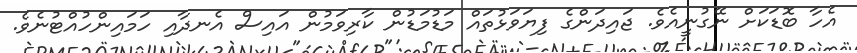
އެހާ ބޮޑަކަށް ނޭގުނީއެވެ. ޖައިދަންގެ ފިޔަވަޅުތައް މަޑުމަޑުން ކާރިވަމުން އައިސް އެނދާއި ހަމައިންހުއްޓުނެވެ.